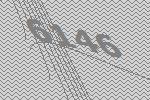
6146